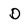
Character: D